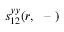
s _ { 1 2 } ^ { y y } ( r , ~ \textrm { -- } )